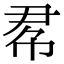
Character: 𢂫